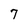
Character: 7